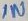
Text: IN